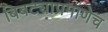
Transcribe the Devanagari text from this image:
बिबट्याप्रमाणेच